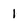
Character: 1